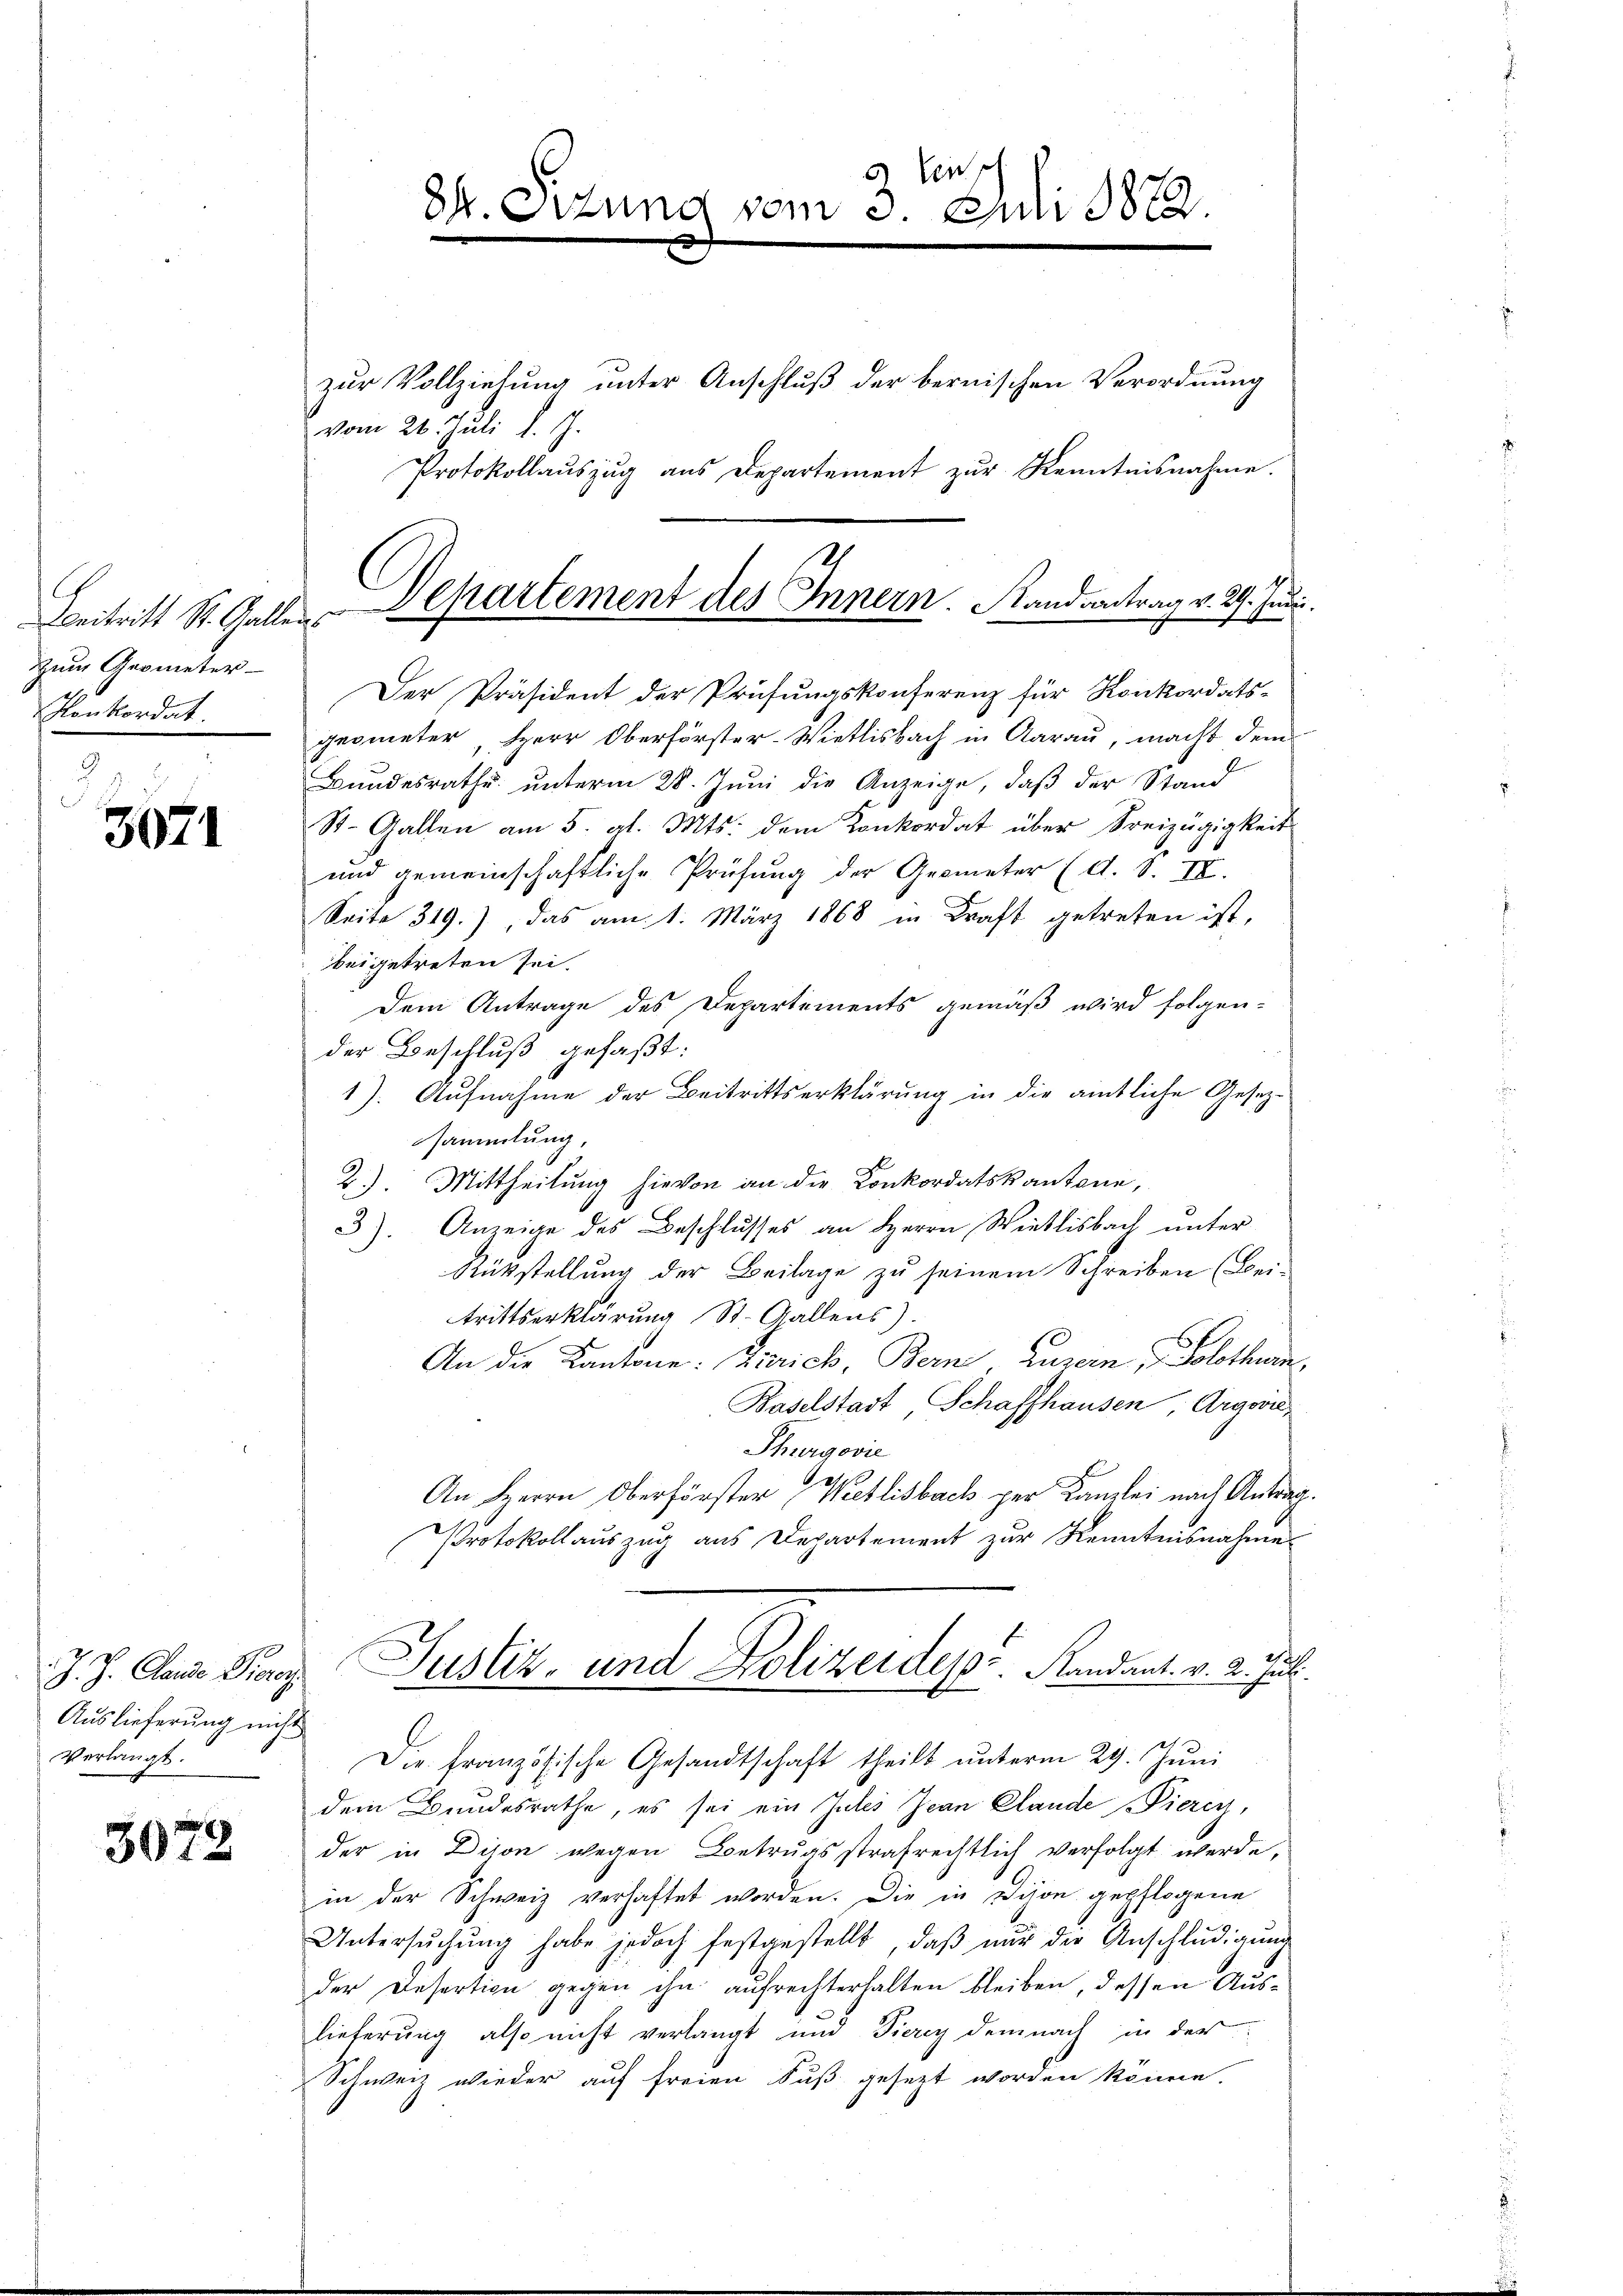
Beitritt St. Gallens
Zum Geometer
Konkordat

3071

Auslieferung nicht
Verlangt.

3072

2 Einsch
84. Sitzung vom 3. Juli 1882.

zur Vollziehung unter Anschluß der bernischen Verordnung
vom 26. Juli l. J.
Protokollaŭszŭg aŭs Departement zŭr Kenntnisnahme.
Der Präsident der Prüfungskonferenz für Konkordats-
geometer, Herr Oberförster-Wietlisbach in Aarau, macht dem
Bundesrathe unterm 28. Juni die Anzeige, daß der Stand
St. Gallen am 5. gl. Mts. dem Konkordat über Freizügigkeit
und gemeinschaftliche Prüfung der Geometer (d. S. II.
Seite 319.), das am 1. März 1868 in Kraft getreten ist,
beigetreten sei.
Dem Antrage des Departements gemäß wird folgen-
der Beschluß gefaßt:
1). Aufnahme der Beitrittserklärung in die amtliche Gesezsammlung,
2). Mittheilung hievon an die Konkordatskantone,
3). Anzeige des Beschlusses an Herrn Wietlisbach unter
Rükstellung der Beilage zu seinem Schreiben (Bei-
trittserklärung St. Gallens).
An die Kantone: Zürich, Bern, Luzern, Solothurn,
Baselstadt, Schaffhausen Argovi
Thurgovie
An Herrn Oberförster Wetlisbach per Kanzlei nach Antrag.
Protokollauszug aus Departement zur Kenntnisnahme
J. J. Canze Franz. Justiz- und Polizeidep. Kandant. v. 2. Juli.
Die Französische Gesandtschaft theilt ŭnterm 29. Jŭni
dem Bundesrathe, es sei ein Jules Jean Clande Pierey,
der in Dison wegen Betrugsstrafrechtlich verfolgt werde,
in der Schweiz verhaftet worden. Die in Dison gepflogene
Untersŭchŭng habe jedoch festgestellt, daβ nŭr der Anschlŭdigŭng
der Desertion gegen ihn aufrechterhalten bleiben, dessen Auslieferung also nicht verlangt und Tierey demnach in der
Schweiz wieder auf freien Fuß gesezt worden könne.

Departement des Innern. Randantrag v. 29. Juni.